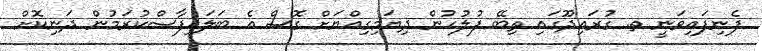
ފެނިފައިވަނީ ތ. ގުރައިދޫގައި ތިބޭ ފުލުހުން ދިޔަމިގިއްޔަށް ގޮސް އެ ބަލައިފާސްކުރަމުން ދަނިކޮށް